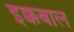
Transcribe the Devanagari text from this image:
इक्कबाल